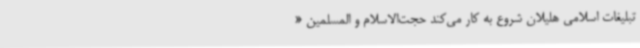
تبلیغات اسلامی هلیلان شروع به کار می‌کند حجت‌الاسلام و المسلمین «